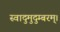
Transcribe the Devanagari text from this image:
स्वादुमुदुम्बरम्।